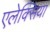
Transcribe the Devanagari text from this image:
एलेक्सिया